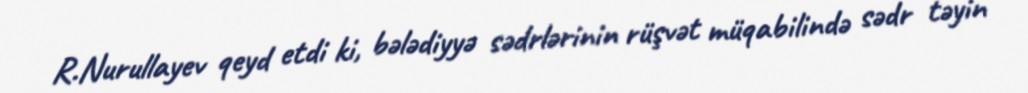
R.Nurullayev qeyd etdi ki, bələdiyyə sədrlərinin rüşvət müqabilində sədr təyin